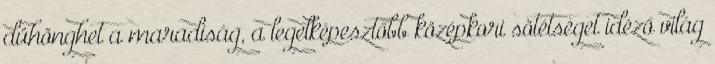
dühönghet a maradiság, a legelképesztőbb középkori sötétséget idéző világ